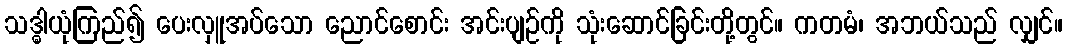
သဒ္ဓါယုံကြည်၍ ပေးလှူအပ်သော ညောင်စောင်း အင်းပျဉ်ကို သုံးဆောင်ခြင်းတို့တွင်။ ကတမံ၊ အဘယ်သည် လျှင်။